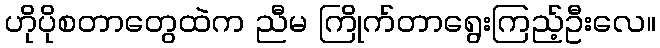
ဟိုပိုစတာတွေထဲက ညီမ ကြိုက်တာရွေးကြည့်ဦးလေ။